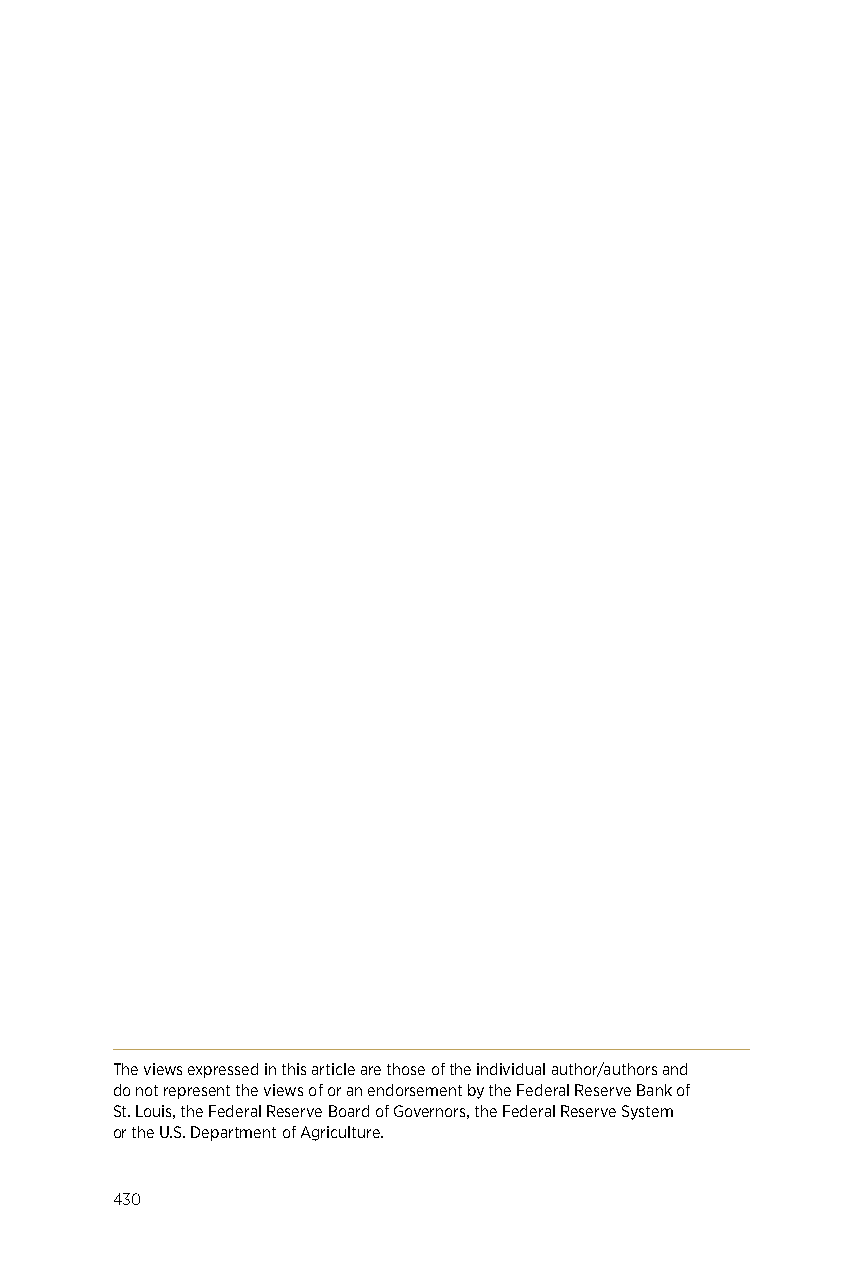
The views expressed in this article are those of the individual author/authors and
 do not represent the views of or an endorsement by the Federal Reserve Bank of
 St. Louis, the Federal Reserve Board of Governors, the Federal Reserve System
 or the U.S. Department of Agriculture.
 430